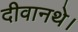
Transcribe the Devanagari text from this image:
दीवानथे।